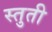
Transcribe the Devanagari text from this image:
स्‍तुती